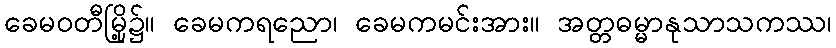
ခေမဝတီမြို့၌။ ခေမကရညော၊ ခေမကမင်းအား။ အတ္တဓမ္မာနုသာသကဿ၊